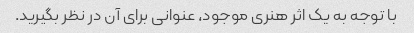
با توجه به یک اثر هنری موجود، عنوانی برای آن در نظر بگیرید.